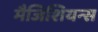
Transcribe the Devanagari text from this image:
मैजिशियन्स